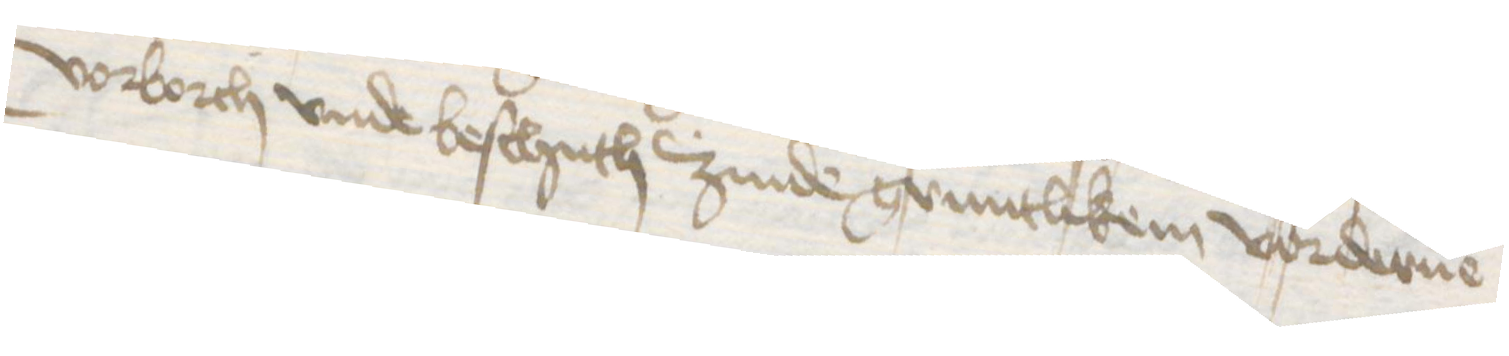
vorborch vnde beschuth zinde gruntlikem vorderue